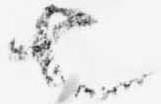
也